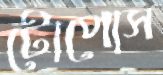
টোপোস